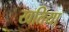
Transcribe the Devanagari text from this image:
खतिया